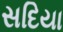
સદિયા